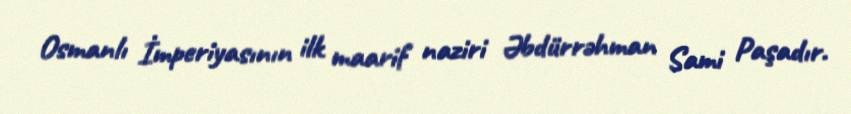
Osmanlı İmperiyasının ilk maarif naziri Əbdürrəhman Sami Paşadır.